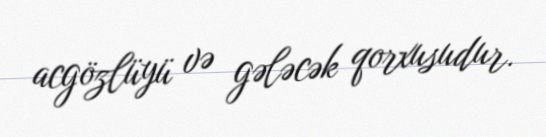
acgözlüyü və gələcək qorxusudur.